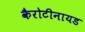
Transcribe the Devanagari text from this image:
कैरोटीनायड